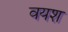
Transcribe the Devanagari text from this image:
वयश